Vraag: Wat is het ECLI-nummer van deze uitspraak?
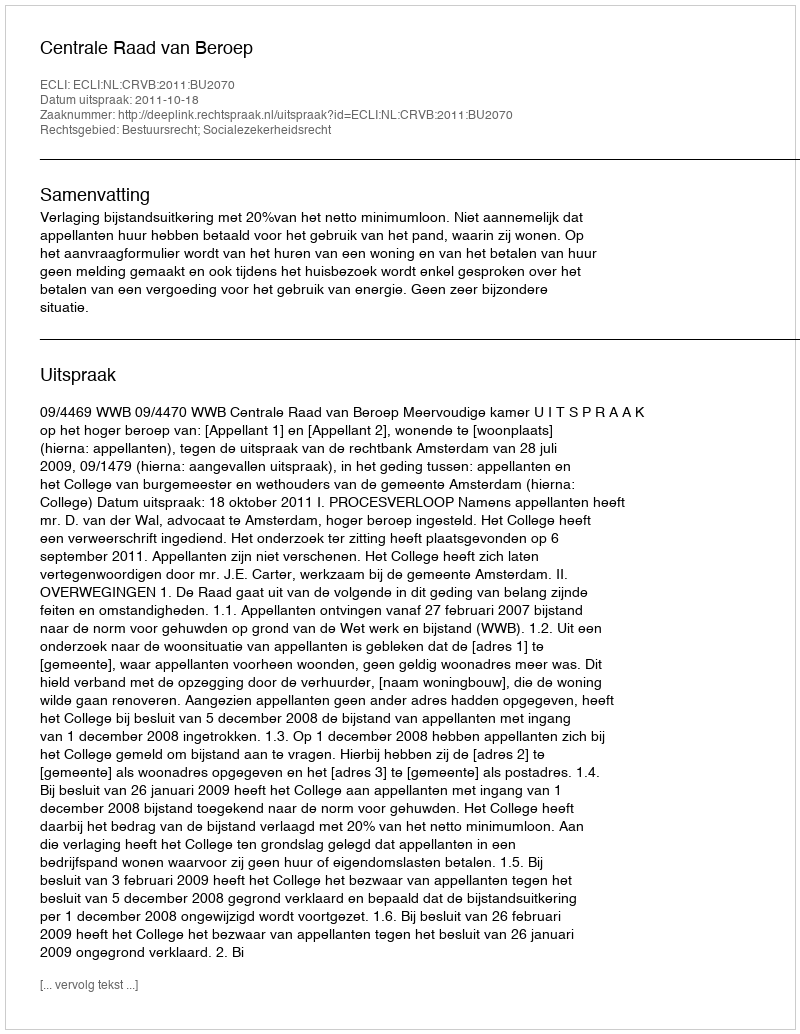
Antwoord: ECLI:NL:CRVB:2011:BU2070